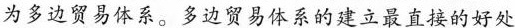
为多边贸易体系。多边贸易体系的建立最直接的好处